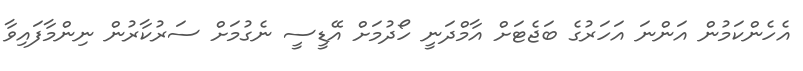
އެހެންކަމުން އަންނަ އަހަރުގެ ބަޖެޓަށް އާމްދަނީ ހޯދުމަށް އޭޑީސީ ނެގުމަށް ސަރުކާރުން ނިންމާފައިވާ